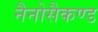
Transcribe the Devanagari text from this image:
नैनोसैकण्ड